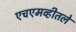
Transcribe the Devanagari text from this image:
एचएमव्हीतले